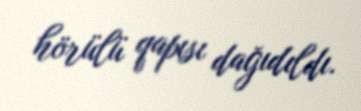
hörülü qapısı dağıdıldı.